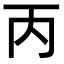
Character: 丙